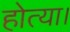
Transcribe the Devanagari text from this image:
होत्या।